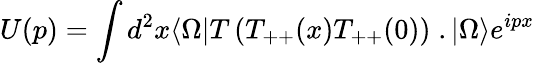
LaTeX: U(p)=\int d^{2}x\langle\Omega|T\left(T_{++}(x)T_{++}(0)\right)\; .|\Omega\rangle e^{ipx}